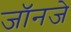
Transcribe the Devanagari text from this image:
जॉनजे